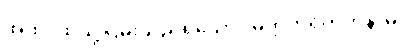
အထ၊ ထိုသို့ငြိမ်းသည်ရှိသော်။ မုတ္တဟရိတကံနာမ၊